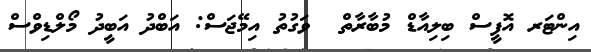
އިންޓަރ އޮފީސް ބިލިއާޑް މުބާރާތް  ވަގުތު އިމޭޖަސް: އަބްދު އަބީދު މޯލްޑިވްސް